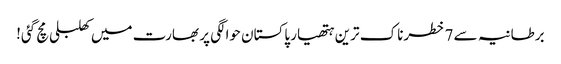
برطانیہ سے 7 خطرناک ترین ہتھیار پاکستان حوالگی پر بھارت میں کھلبلی مچ گئی!